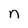
Character: n